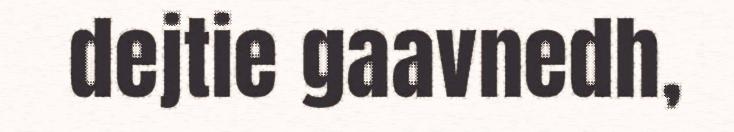
dejtie gaavnedh,